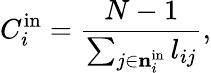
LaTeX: C_{i}^{\mathrm{in}}=\frac{N-1}{\sum_{j\in{{\mathbf{n}}_{i}^{\mathrm{in}}}}l_{ij}},